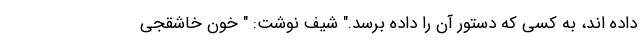
داده اند، به کسی که دستور آن را داده برسد." شیف نوشت: " خون خاشقجی